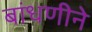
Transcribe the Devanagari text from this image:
बांधणीने